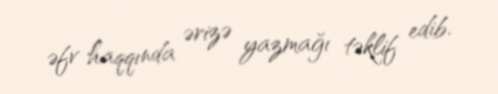
əfv haqqında ərizə yazmağı təklif edib.